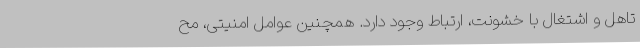
تاهل و اشتغال با خشونت، ارتباط وجود دارد. همچنین عوامل امنیتی، مح